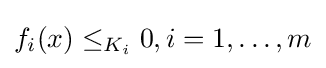
f_{i}(x)\leq _{K_{i}}0,i=1,\ldots ,m